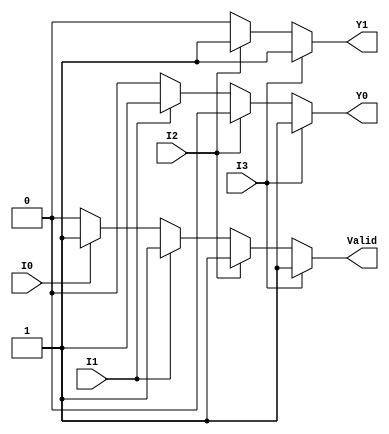
module priority_encoder (
    input wire I0,  // Input 0 (lowest priority)
    input wire I1,  // Input 1
    input wire I2,  // Input 2
    input wire I3,  // Input 3 (highest priority)
    output reg Y1,  // Most significant bit of the output
    output reg Y0,  // Least significant bit of the output
    output reg Valid // Indicates whether any input is active
);

// Combinational logic to determine output based on inputs
always @(*) begin
    // Initialize outputs
    Y1 = 0;
    Y0 = 0;
    Valid = 0;

    // Determine the validity of inputs
    if (I3) begin
        Y1 = 1; // Highest priority active
        Y0 = 1;
        Valid = 1;
    end else if (I2) begin
        Y1 = 1; // Second highest priority active
        Y0 = 0;
        Valid = 1;
    end else if (I1) begin
        Y1 = 0; // Third highest priority active
        Y0 = 1;
        Valid = 1;
    end else if (I0) begin
        Y1 = 0; // Lowest priority active
        Y0 = 0;
        Valid = 1;
    end else begin
        // If no input is active, Valid remains 0
        Valid = 0;
    end
end

endmodule